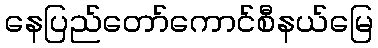
နေပြည်တော်ကောင်စီနယ်မြေ